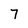
Character: 7